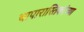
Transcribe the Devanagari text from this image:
चापारास्तिकांच्या